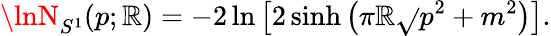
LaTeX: \lnN_{S^{1}}(p;\mathbb{R})=-2\ln\left[2\sinh\left(\pi\mathbb{R}\sqrt{}{{p^{2}+m^{2}}}\right)\right].